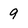
Character: 9